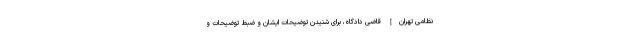
نظامی تهران] قاضى دادگاه، براى شنیدن توضیحات ایشان و ضبط توضیحات و